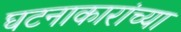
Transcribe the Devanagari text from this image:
घटनाकारांच्या